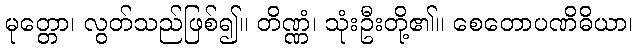
မုတ္တော၊ လွတ်သည်ဖြစ်၍။ တိဏ္ဏံ၊ သုံးဦးတို့၏။ စေတောပဏိဓိယာ၊